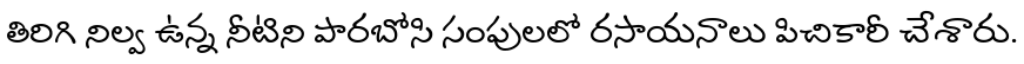
తిరిగి నిల్వ ఉన్న నీటిని పారబోసి సంపులలో రసాయనాలు పిచికారీ చేశారు.